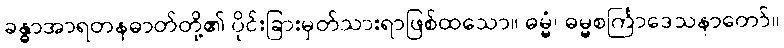
ခန္ဓာအာရတနဓာတ်တို့၏ ပိုင်းခြားမှတ်သားရာဖြစ်ထသော။ ဓမ္မံ၊ ဓမ္မစင်္ကြာဒေသနာတော်။